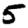
Digit: 5